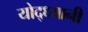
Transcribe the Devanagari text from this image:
योद्ध्यानी